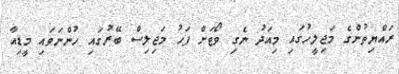
ރައްޔިތުންގެ މަޖިލީހުގައި މިއަދު ނެގި ވޯޓަށް ފަހު މަޖިލިސް ބޭރުގައި ހުންނަވައި މީޑިއާ